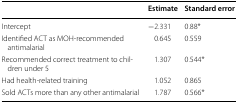
<table><thead><tr><td></td><td><b>Estimate</b></td><td><b>Standard error</b></td></tr></thead><tbody><tr><td>Intercept</td><td>−2.331</td><td>0.88*</td></tr><tr><td>Identified ACT as MOH-recommended antimalarial</td><td>0.645</td><td>0.559</td></tr><tr><td>Recommended correct treatment to children under 5</td><td>1.307</td><td>0.544*</td></tr><tr><td>Had health-related training</td><td>1.052</td><td>0.865</td></tr><tr><td>Sold ACTs more than any other antimalarial</td><td>1.787</td><td>0.566*</td></tr></tbody></table>